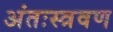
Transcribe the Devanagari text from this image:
अंतःस्त्रवण